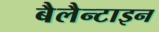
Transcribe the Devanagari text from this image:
बैलैन्टाइन